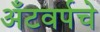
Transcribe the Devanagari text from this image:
अँटवर्पचे